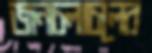
জনচলাচলের